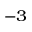
^ { - 3 }